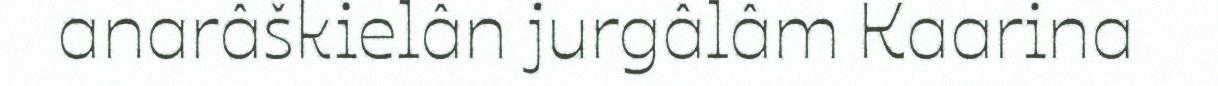
anarâškielân jurgâlâm Kaarina